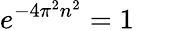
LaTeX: e^{-4\pi^{2}n^{2}}=1\qquad